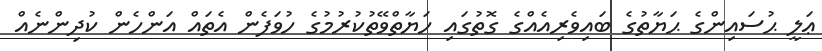
ޢަލީ ޙުސައިންގެ ޙަޔާތުގެ ބައިވެރިއެއްގެ ގޮތުގައި ހަޔާތްވޭތުކުރުމުގެ ހުވަފެން އެތައް އަންހެން ކުދިންނެއް